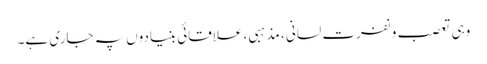
وہی تعصب و نفرت لسانی ، مذہبی ، علاقائی بنیادوں پہ جاری ہے۔